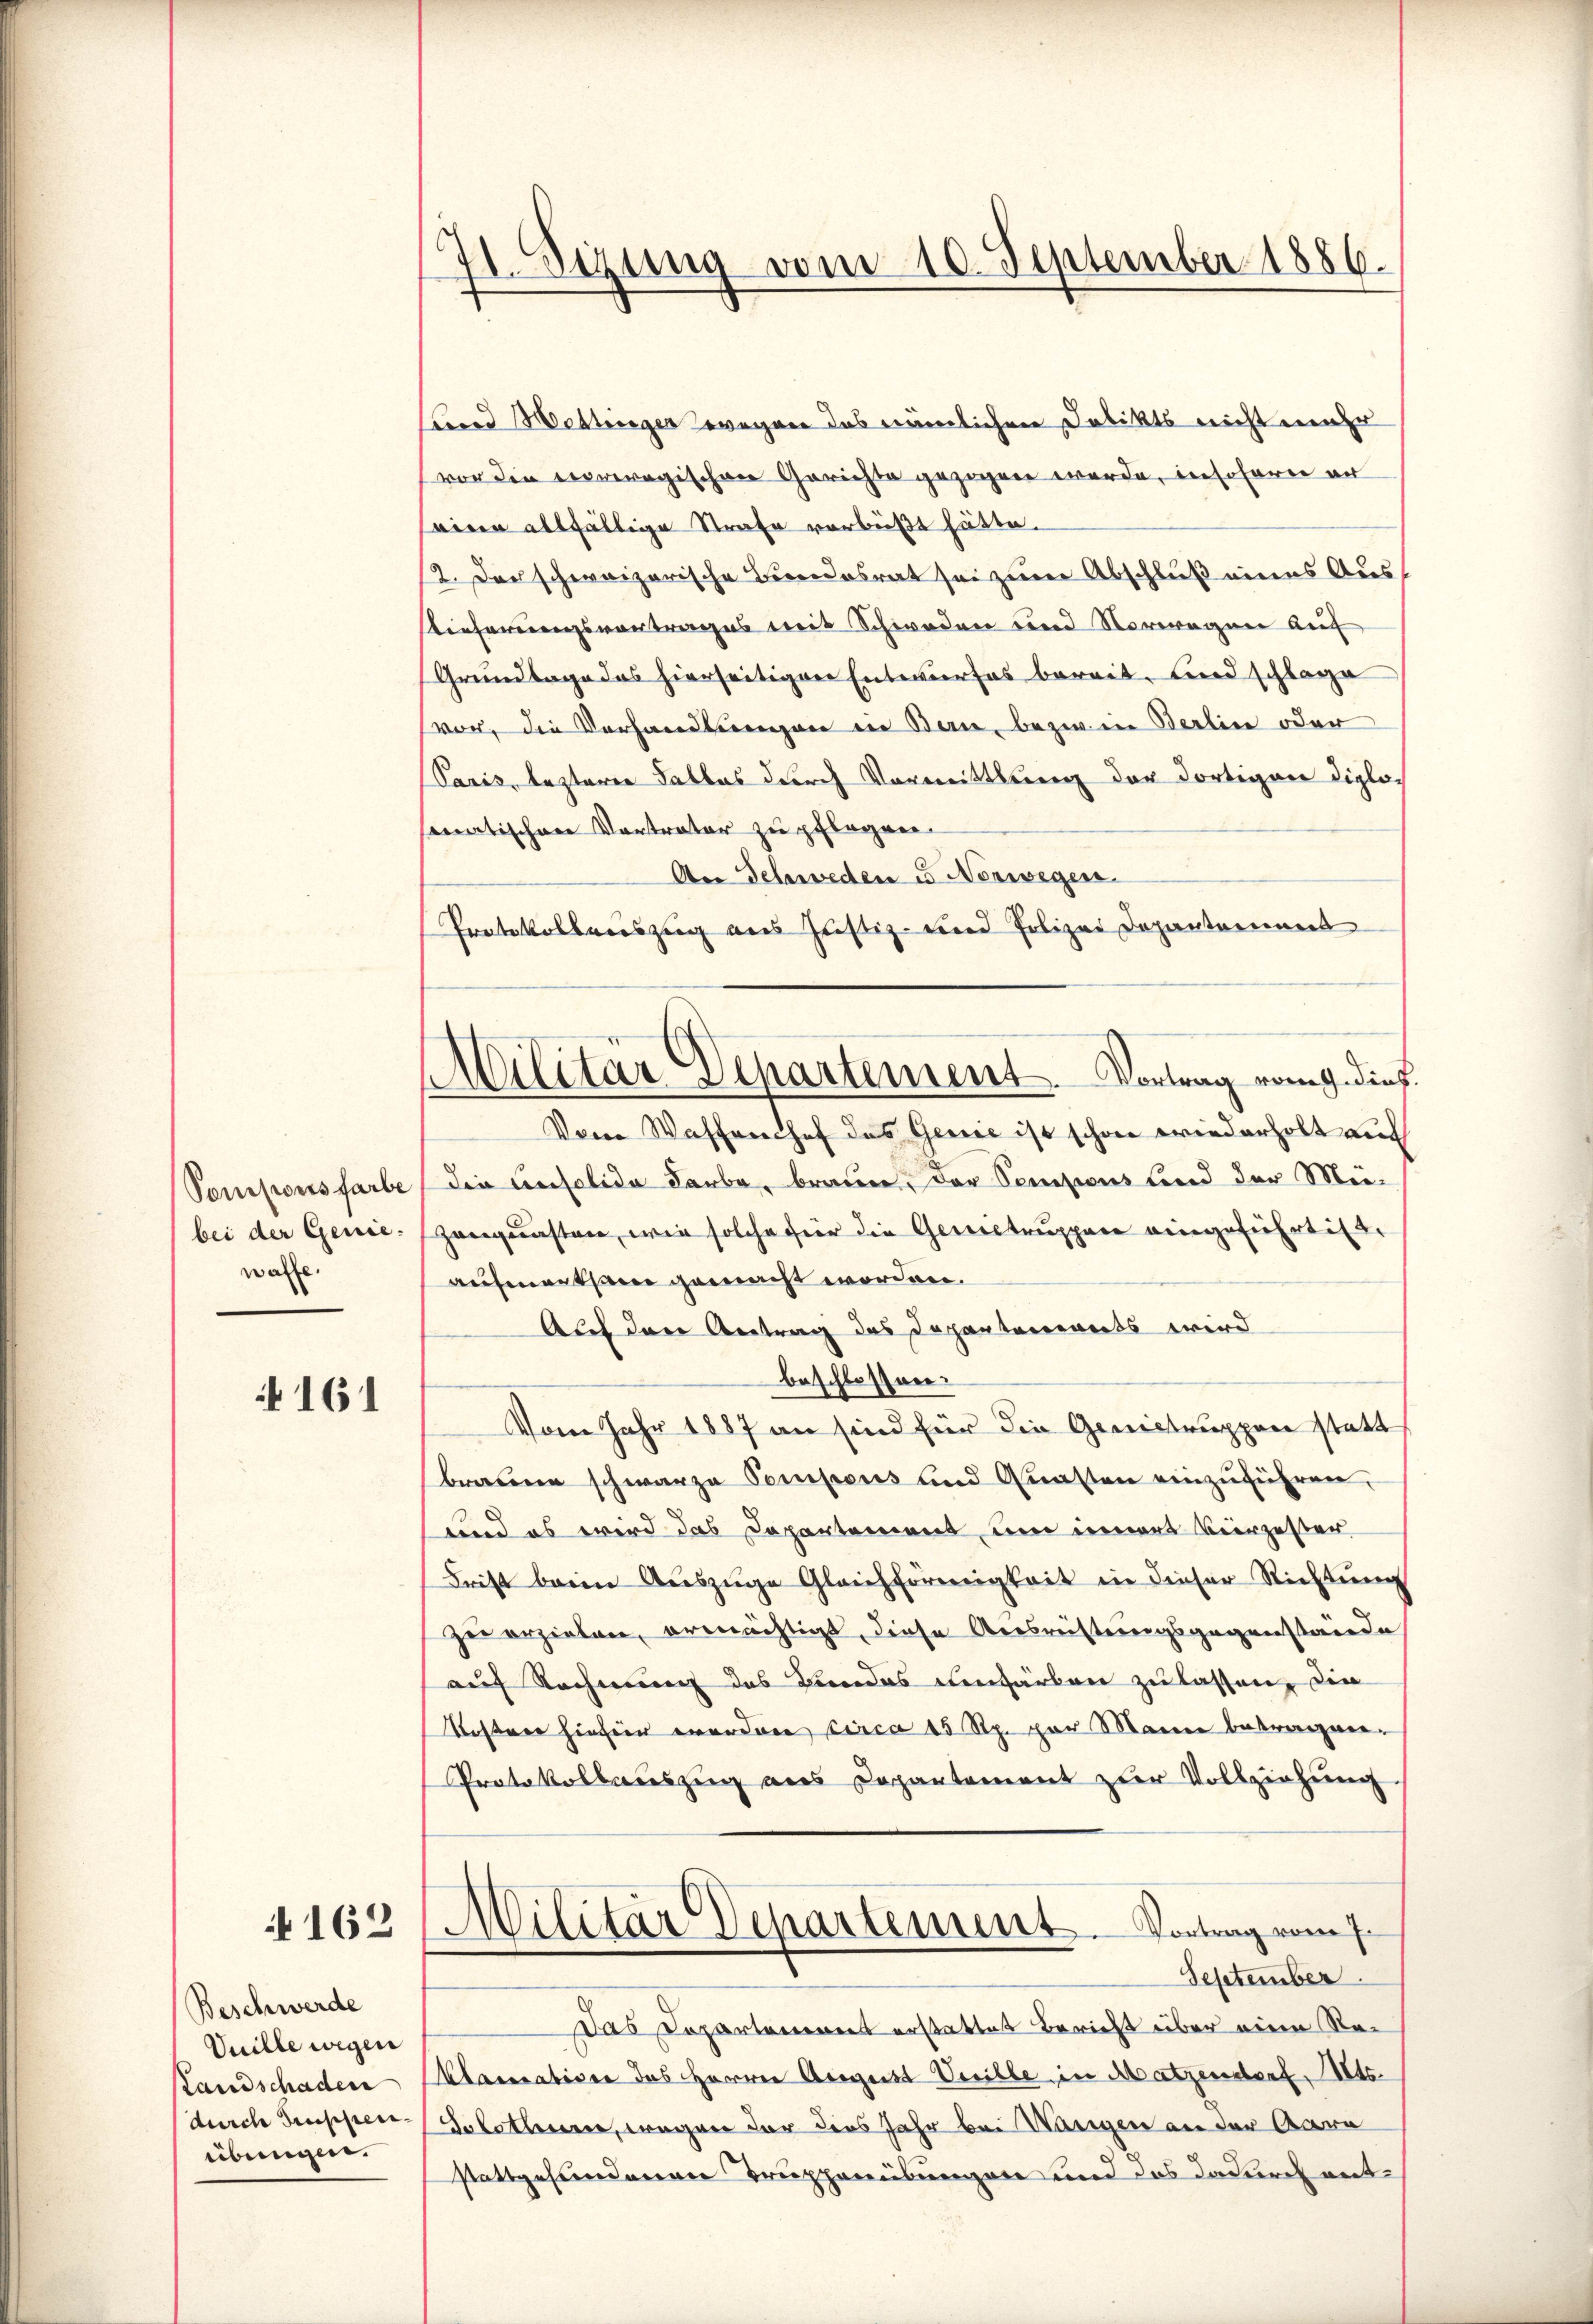
Pomisionsfarbe
bei der Genie:
walle.

161

N 162

Beschwerde
Vuille wegen
Landschaden
durch Gruppen-
übungen.

21. Sizung vom 10. September 1886.

Militär Departement. Vortrag vom 9. dies

und Wettinger wegen das nämlichen Delikts nicht mehr
vor die terveregischen Gerichte gezogen werde, insofern er
einen allfällige Strafe verbüßt hätte.
12. Der schweizerische Bundesrat sei zum Abschluß eines Aus
Dieferungsvortrages mit Schwaden und Vorwegen auf
Grundlage das hierseitigen Entwurfes bereit, und schlage
vor, die Verhandlungen in Bau, bezwen Berlin oder
Caris, lezterer Falles durch Vormittlung der dortigen Diplosematischen Vortrater zu pflegen.
An Schweden u Norwegen.
Protokollweiszug aus Justiz- und Polizei Departement
Vom Waffenhof das Genie ist schon wiederholt auch
die Censolida Laube, brauen, der Comisions und der Mei-
Zeugunsten, wie solche für die Genertruppen eingeführt ist.
aufmerksam gemacht worden.
Auf den Antrag des Departements wird
beschlossen.
Vom Jahr 1887 an sind für die Genietruppen statt
braune schwarze Compens und Anasten einzuführen,
und es wird das Departement, um inners Vierzester
Frist beim Aŭszŭge Gleichförmigkeit in dieser Richtung
zer erzielen, ermächtigt, diese Ausrüstungsgegenstände
auf Rechnung des Bundes einfärben zu lassen, die
Koster hiefiir wordere circa 15 Rp. par Marien betragen.
Protokollauszug aus Departement zur Vollziehung.
Militär Departement. Vortrag vom 7.
September.
das Departemons erstattet Bericht über eine Re¬
Klamatice des Herren Aergeist reibe in Matzendorf, Mts.
Solothur, wegen der dies Jahr bei Warigen an der Aara
stattgefundenen Trupperübungen und das dadurch ent¬